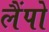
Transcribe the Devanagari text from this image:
लैंपो